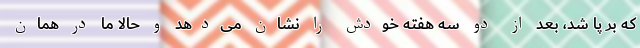
که بر پا شد، بعد از دو سه‌ هفته خودش را نشان می‌دهد و حالا ما در همان